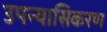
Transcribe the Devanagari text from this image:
उपन्यासिकरण